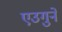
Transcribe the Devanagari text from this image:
एउगुने